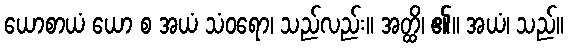
ယောစာယံ ယော စ အယံ သံဝရော၊ သည်လည်း။ အတ္ထိ၊ ၏။ အယံ၊ သည်။